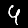
Digit: 4